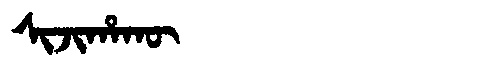
Manchu: ᠰᡳᠵᡳᡥᠠᡴᡡ
Romanization: SIJIHAKŪ